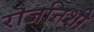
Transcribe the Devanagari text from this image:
रॊजनिशी